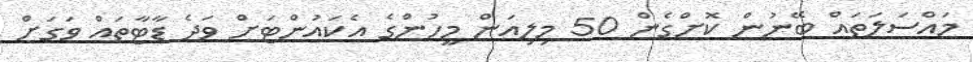
މައްސަލަތައް ބޭނުން ކޮށްގެން 50 މިލިއަން މީހުންގެ އެކައުންޓަށް ވަދެ ޑާޓާތައް ވަގަށް